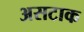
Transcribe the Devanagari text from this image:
असटाक